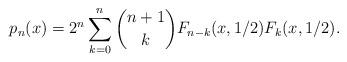
LaTeX: \begin{align*}p_n(x) = 2^n \sum_{k=0}^n {n+1 \choose k} F_{n-k}(x,1/2) F_k(x,1/2).\end{align*}